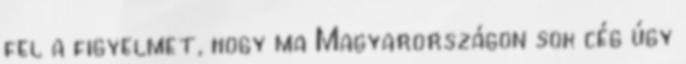
fel a figyelmet, hogy ma Magyarországon sok cég úgy